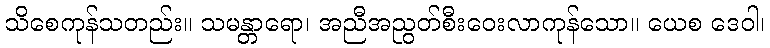
သိစေကုန်သတည်း။ သမန္တာရော၊ အညီအညွတ်စီးဝေးလာကုန်သော။ ယေစ ဒေဝါ၊